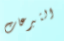
التبرعات